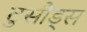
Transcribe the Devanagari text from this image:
टुसौड्स